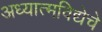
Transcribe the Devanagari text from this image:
अध्यात्मविद्येचे